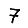
Digit: 7